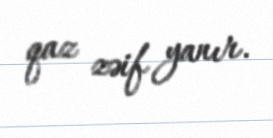
qaz zəif yanır.